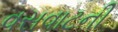
વસવાટની